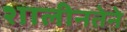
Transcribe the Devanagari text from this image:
शालीनतेने